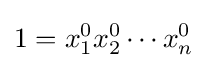
1=x_{1}^{0}x_{2}^{0}\cdots x_{n}^{0}